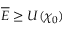
\overline { { \cal E } } \geq U ( \chi _ { 0 } )